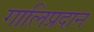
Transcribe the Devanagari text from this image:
गालिप्रदान